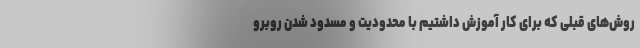
روش‌های قبلی که برای کار آموزش داشتیم با محدودیت و مسدود شدن روبرو